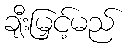
ချီးမြှင့်မည်